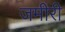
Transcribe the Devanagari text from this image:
जमीरी